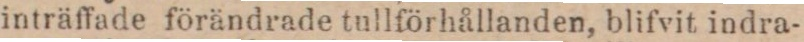
inträffade förändrade tullförhållanden, blifvit indra-